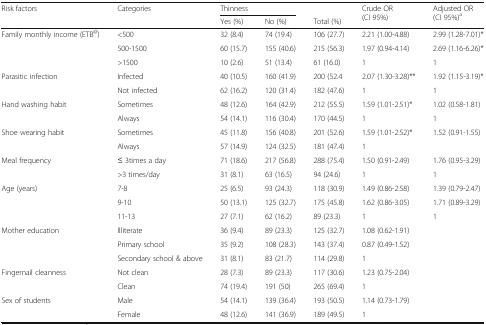
<table><thead><tr><td rowspan="2"><b>Risk factors</b></td><td rowspan="2"><b>Categories</b></td><td colspan="2"><b>Thinness</b></td><td></td><td rowspan="2"><b>Crude OR (CI 95%)</b></td><td rowspan="2"><b>Adjusted OR (CI 95%)<sup>a</sup></b></td></tr><tr><td><b>Yes (%)</b></td><td><b>No (%)</b></td><td><b>Total (%)</b></td></tr></thead><tbody><tr><td rowspan="3">Family monthly income (ETB<sup>@</sup>)</td><td>&lt;500</td><td>32 (8.4)</td><td>74 (19.4)</td><td>106 (27.7)</td><td>2.21 (1.00-4.88)</td><td>2.99 (1.28-7.01)*</td></tr><tr><td>500-1500</td><td>60 (15.7)</td><td>155 (40.6)</td><td>215 (56.3)</td><td>1.97 (0.94-4.14)</td><td>2.69 (1.16-6.26)*</td></tr><tr><td>&gt;1500</td><td>10 (2.6)</td><td>51 (13.4)</td><td>61 (16.0)</td><td>1</td><td>1</td></tr><tr><td rowspan="2">Parasitic infection</td><td>Infected</td><td>40 (10.5)</td><td>160 (41.9)</td><td>200 (52.4</td><td>2.07 (1.30-3.28)**</td><td>1.92 (1.15-3.19)*</td></tr><tr><td>Not infected</td><td>62 (16.2)</td><td>120 (31.4)</td><td>182 (47.6)</td><td>1</td><td>1</td></tr><tr><td rowspan="2">Hand washing habit</td><td>Sometimes</td><td>48 (12.6)</td><td>164 (42.9)</td><td>212 (55.5)</td><td>1.59 (1.01-2.51)*</td><td>1.02 (0.58-1.81)</td></tr><tr><td>Always</td><td>54 (14.1)</td><td>116 (30.4)</td><td>170 (44.5)</td><td>1</td><td>1</td></tr><tr><td rowspan="2">Shoe wearing habit</td><td>Sometimes</td><td>45 (11.8)</td><td>156 (40.8)</td><td>201 (52.6)</td><td>1.59 (1.01-2.52)*</td><td>1.52 (0.91-1.55)</td></tr><tr><td>Always</td><td>57 (14.9)</td><td>124 (32.5)</td><td>181 (47.4)</td><td>1</td><td></td></tr><tr><td rowspan="2">Meal frequency</td><td>≤ 3times a day</td><td>71 (18.6)</td><td>217 (56.8)</td><td>288 (75.4)</td><td>1.50 (0.91-2.49)</td><td>1.76 (0.95-3.29)</td></tr><tr><td>&gt;3 times/day</td><td>31 (8.1)</td><td>63 (16.5)</td><td>94 (24.6)</td><td>1</td><td>1</td></tr><tr><td rowspan="3">Age (years)</td><td>7-8</td><td>25 (6.5)</td><td>93 (24.3)</td><td>118 (30.9)</td><td>1.49 (0.86-2.58)</td><td>1.39 (0.79-2.47)</td></tr><tr><td>9-10</td><td>50 (13.1)</td><td>125 (32.7)</td><td>175 (45.8)</td><td>1.62 (0.86-3.05)</td><td>1.71 (0.89-3.29)</td></tr><tr><td>11-13</td><td>27 (7.1)</td><td>62 (16.2)</td><td>89 (23.3)</td><td>1</td><td>1</td></tr><tr><td rowspan="3">Mother education</td><td>Illiterate</td><td>36 (9.4)</td><td>89 (23.3)</td><td>125 (32.7)</td><td>1.08 (0.62-1.91)</td><td></td></tr><tr><td>Primary school</td><td>35 (9.2)</td><td>108 (28.3)</td><td>143 (37.4)</td><td>0.87 (0.49-1.52)</td><td></td></tr><tr><td>Secondary school &amp; above</td><td>31 (8.1)</td><td>83 (21.7)</td><td>114 (29.8)</td><td>1</td><td></td></tr><tr><td rowspan="2">Fingernail cleanness</td><td>Not clean</td><td>28 (7.3)</td><td>89 (23.3)</td><td>117 (30.6)</td><td>1.23 (0.75-2.04)</td><td></td></tr><tr><td>Clean</td><td>74 (19.4)</td><td>191 (50)</td><td>265 (69.4)</td><td>1</td><td></td></tr><tr><td rowspan="2">Sex of students</td><td>Male</td><td>54 (14.1)</td><td>139 (36.4)</td><td>193 (50.5)</td><td>1.14 (0.73-1.79)</td><td></td></tr><tr><td>Female</td><td>48 (12.6)</td><td>141 (36.9)</td><td>189 (49.5)</td><td>1</td><td></td></tr></tbody></table>